Report of the King Institute of Preventive Medicine, Guindy
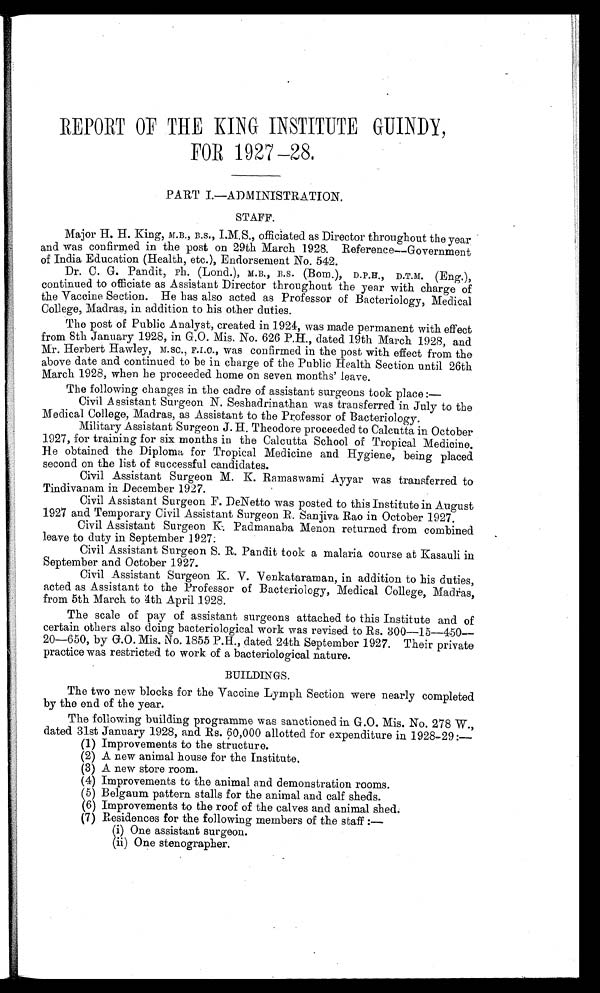
REPORT OF THE KING INSTITUTE GUINDY,
FOR 1927—28.
PART I.—ADMINISTRATION.
STAFF.
Major H. H. King, M.B., B.S., I.M.S., officiated as Director throughout the year
and was confirmed in the post on 29th March 1928. Reference—Government
of India Education (Health, etc.), Endorsement No. 542.
Dr. C. G. Pandit, Ph. (Lond.), M.B., B.S. (Bom.), D.P.H., D.T.M. (Eng.),
continued to officiate as Assistant Director throughout the year with charge of
the Vaccine Section. He has also acted as Professor of Bacteriology, Medical
College, Madras, in addition to his other duties.
The post of Public Analyst, created in 1924, was made permanent with effect
from 8th January 1928, in G.O. Mis. No. 626 P.H., dated 19th March 1928, and
Mr. Herbert Hawley, M.SC., F.I.C., was confirmed in the post with effect from the
above date and continued to be in charge of the Public Health Section until 26th
March 1928, when he proceeded home on seven months' leave.
The following changes in the cadre of assistant surgeons took place :
—
Civil Assistant Surgeon N. Seshadrinathan was transferred in July to the
Medical College, Madras, as Assistant to the Professor of Bacteriology.
Military Assistant Surgeon J. H. Theodore proceeded to Calcutta in October
1927, for training for six months in the Calcutta School of Tropical Medicine.
He obtained the Diploma for Tropical Medicine and Hygiene, being placed
second on the list of successful candidates.
Civil Assistant Surgeon M. K. Ramaswami Ayyar was transferred to
Tindivanam in December 1927.
Civil Assistant Surgeon F. DeNetto was posted to this Institute in August
1927 and Temporary Civil Assistant Surgeon R. Sanjiva Rao in October 1927.
Civil Assistant Surgeon K. Padmanaba Menon returned from combined
leave to duty in September 1927.
Civil Assistant Surgeon S. R. Pandit took a malaria course at Kasauli in
September and October 1927.
Civil Assistant Surgeon K. V. Venkataraman, in addition to his duties,
acted as Assistant to the Professor of Bacteriology, Medical College, Madras,
from 5th March to 4th April 1928.
The scale of pay of assistant surgeons attached to this Institute and of
certain others also doing bacteriological work was revised to Rs. 300—15—450—
20—650, by G.O. Mis. No. 1855 P.H., dated 24th September 1927. Their private
practice was restricted to work of a bacteriological nature.
BUILDINGS.
The two new blocks for the Vaccine Lymph Section were nearly completed
by the end of the year.
The following building programme was sanctioned in G.O. Mis. No. 278 W.,
dated 31st January 1928, and Rs. 60,000 allotted for expenditure in 1928-29 :—
(1) Improvements to the structure.
(2) A new animal house for the Institute.
( 3) A new s t or e r oom.
(4) Improvements to the animal and demonstration rooms.
(5) Belgaum pattern stalls for the animal and calf sheds.
(6) Improvements to the roof of the calves and animal shed.
(7) Residences for the following members of the staff :—
( i ) O n e a s s i s t a n t s u r g e o n .
( i i ) O n e s t e n o g r a p h e r .